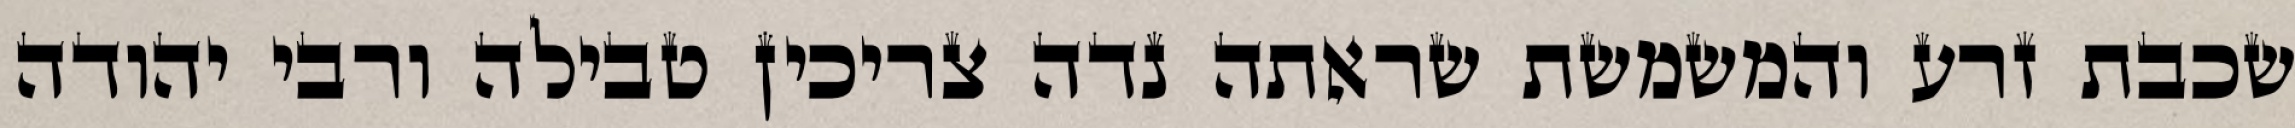
שכבת זרע והמשמשת שראתה נדה צריכין טבילה ורבי יהודה